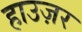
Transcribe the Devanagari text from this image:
हाउज़र